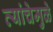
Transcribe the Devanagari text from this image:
त्यांचेमुळे